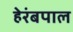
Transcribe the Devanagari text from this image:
हेरंबपाल